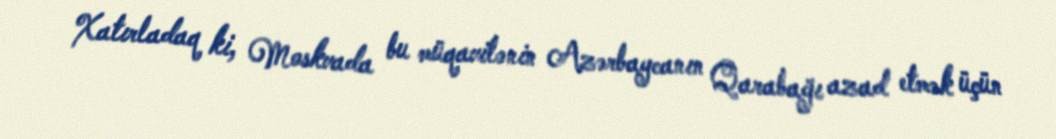
Xatırladaq ki, Moskvada bu müqavilənin Azərbaycanın Qarabağı azad etmək üçün